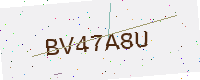
Text: BV47A8U